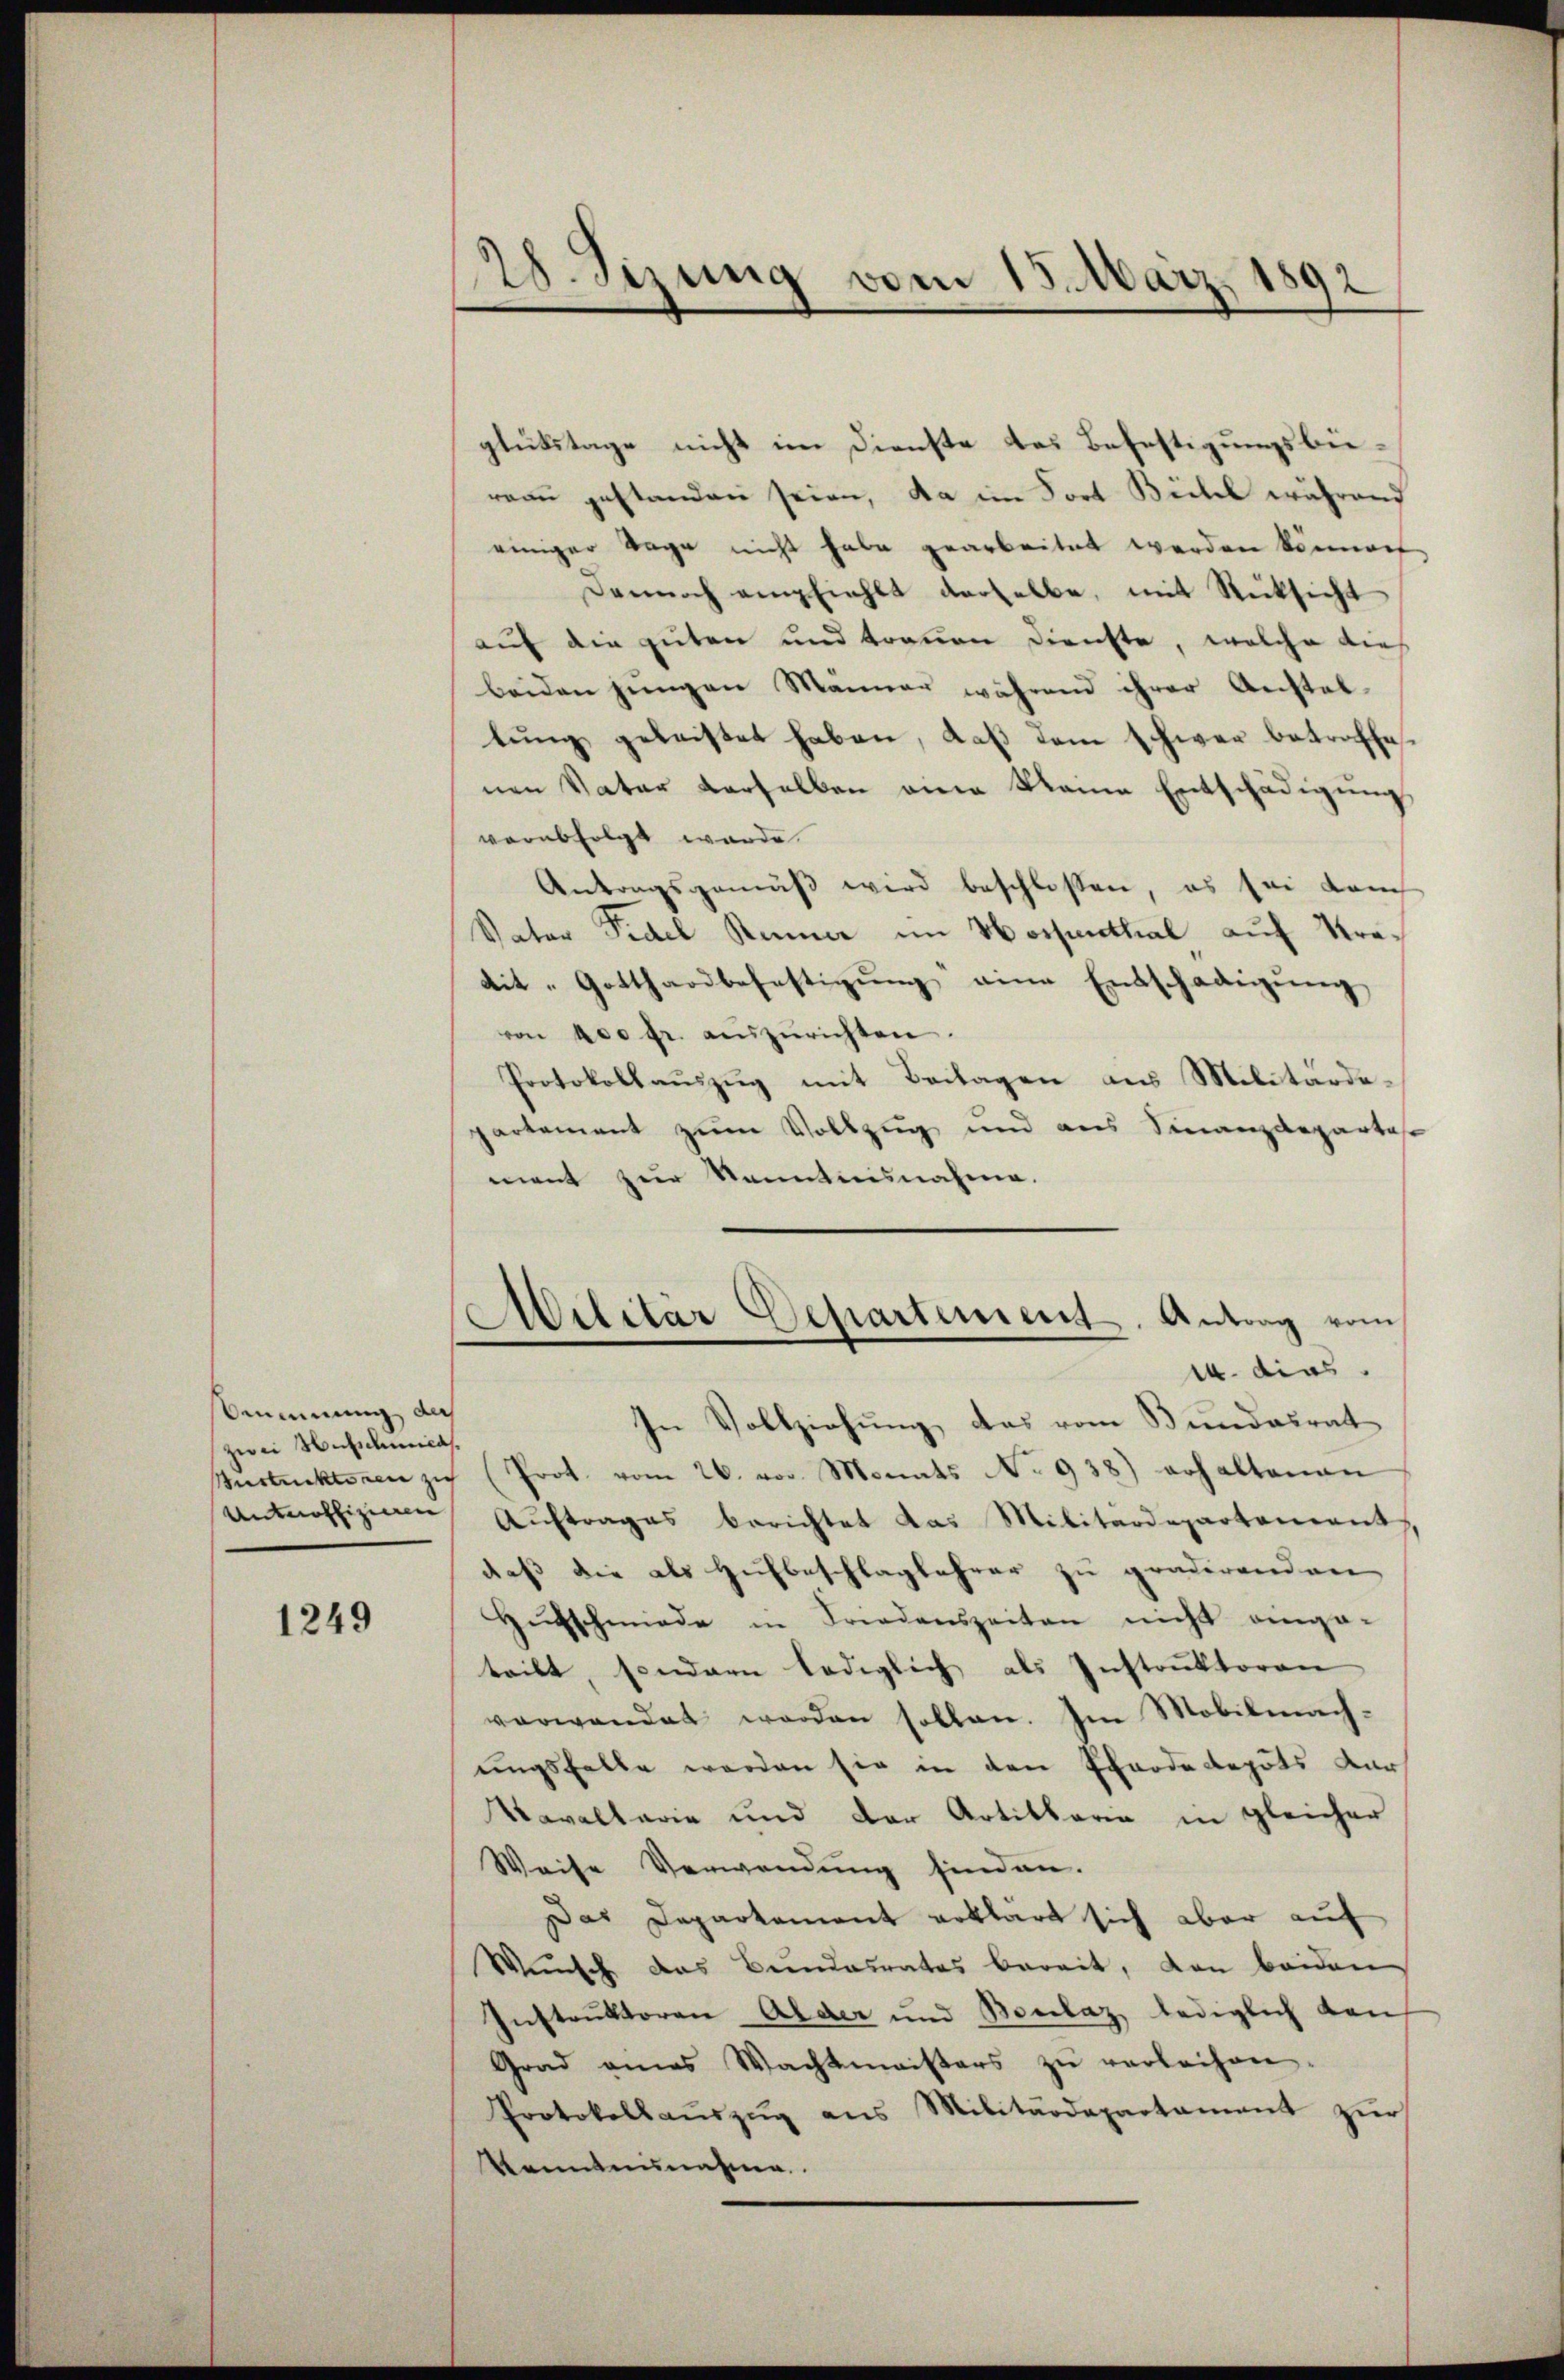
mmnung, da
zwei Nademicas.

1249

28. Sizung vom 15. März 189
2

glükstage nicht im Dienste des Befestigungsbereau gestanden seien, da im Fort Biebel während
einiger Tage nicht habe gearbeitet werden könnent
Dennoch empfiehlt derselbe, mit Rücksicht
auf die guten und trauen Dienste, welche dies
beiden jungen Männer während ihrer Anstal-
lŭng geleistet haben, daß dem schwer betroffenen Vater derselben eine kleine Entschädigung
verabfolgt wurde.
Antragsgemäβ wird beschlossen, es sei dem
Vater Fidel Renner im Hospenthal auf Kredit „Gotthardbefestigung eine Entschädigung
von 400 fr. auszurichten.
Protokollaŭszŭg mit Beilagen aus Militärdepartement zum Vollzug und aus Finanzdepartage
ment zur Kenntnisnahme.
Militär Departement. Antrag vom
s. dies
In Vollziehung, das vom Bundesrat
Justickteren zu (Prot. vom 26. vor. Monats No 938) erhaltenan
Antnoffizieren Auftrages berichtet das Militärdepartement
daß die als Hufbeschlaglehrer zu gradirenden
Hŭtschmiede in Friedenszeiten nicht einge-
teilt, sondern lediglich als Instrŭktoren
verwendet worden sollen. Im Mobilmach-
ungsfalle werden sie in den Pferde depots dars
Kavaltarie und der Artikbare in gleicher
Weise Verwendung finden.
Das Departement erklärt sich aber auf
Wunsch das Bundesrates bereit, von beiden
Instruktoren Alder und Borlaz lediglich den
Grad eines Wachtmeisters zŭ verleihen.
Protokollaŭszŭg ans Militärdepartament zŭr
Kenntnunahme